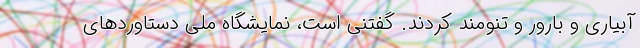
آبیاری و بارور و تنومند کردند. گفتنی است، نمایشگاه ملی دستاوردهای